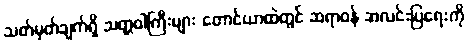
သတ်မှတ်ချက်ရှိ သတ္တဝါကြီးများ တောင်ယာထဲတွင် ဆရာဝန် အလင်းပြရေးကို